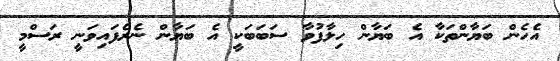
އެހެން ބަޔާންތަކާ އެ ބަޔާން ހިލާފުވާ ސަބަބަކީ އެ ބަޔާން ނެރެފައިވަނީ ރަސްމީ